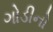
ગોડીનો